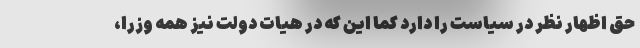
حق اظهار نظر در سیاست را دارد کما این که در هیات دولت نیز همه وزرا،